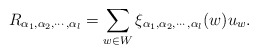
\begin{align*}R_{\alpha_1,\alpha_2,\cdots,\alpha_l}=\sum_{w\in W}\xi_{\alpha_1,\alpha_2,\cdots,\alpha_l}(w) u_w.\end{align*}